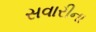
સવારીના